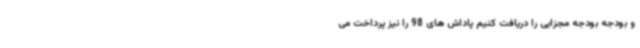
و بودجه بودجه مجزایی را دریافت کنیم پاداش های 98 را نیز پرداخت می